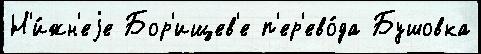
Н'и́жн'еjе Бор'ищев'е п'ер'ево́да Бушовка